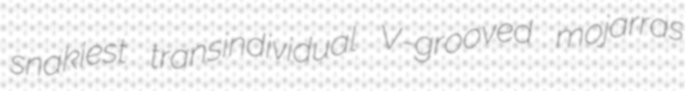
snakiest transindividual V-grooved mojarras